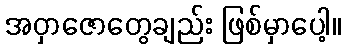
အဝှာဇောတွေချည်း ဖြစ်မှာပေါ့။